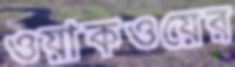
ওয়াকওয়ের